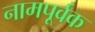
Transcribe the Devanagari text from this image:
नामपूर्वक